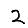
Digit: 2